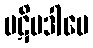
ပဋိပဒါပေ